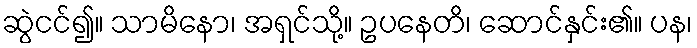
ဆွဲငင်၍။ သာမိနော၊ အရှင်သို့။ ဥပနေတိ၊ ဆောင်နှင်း၏။ ပန၊